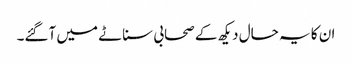
ان کا یہ حال دیکھ کے صحابی سناٹے میں آگئے۔